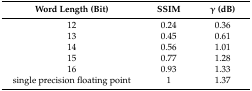
<table><thead><tr><td><b>Word Length (Bit)</b></td><td><b>SSIM</b></td><td><b>γ (dB)</b></td></tr></thead><tbody><tr><td>12</td><td>0.24</td><td>0.36</td></tr><tr><td>13</td><td>0.45</td><td>0.61</td></tr><tr><td>14</td><td>0.56</td><td>1.01</td></tr><tr><td>15</td><td>0.77</td><td>1.28</td></tr><tr><td>16</td><td>0.93</td><td>1.33</td></tr><tr><td>single precision floating point</td><td>1</td><td>1.37</td></tr></tbody></table>